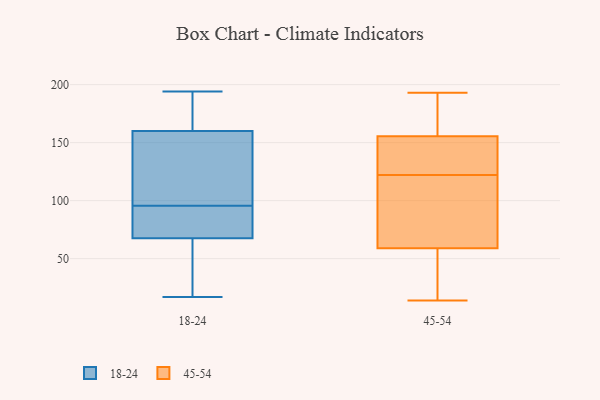
{"axis": {"x": "Latency (ms)", "y": "Value"}, "legend": ["18-24", "45-54"], "data": [{"x": "", "y": 107, "type": "18-24"}, {"x": "", "y": 194, "type": "18-24"}, {"x": "", "y": 17, "type": "18-24"}, {"x": "", "y": 95, "type": "18-24"}, {"x": "", "y": 65, "type": "18-24"}, {"x": "", "y": 64, "type": "18-24"}, {"x": "", "y": 147, "type": "18-24"}, {"x": "", "y": 112, "type": "18-24"}, {"x": "", "y": 180, "type": "18-24"}, {"x": "", "y": 174, "type": "18-24"}, {"x": "", "y": 74, "type": "18-24"}, {"x": "", "y": 68, "type": "18-24"}, {"x": "", "y": 96, "type": "18-24"}, {"x": "", "y": 67, "type": "18-24"}, {"x": "", "y": 173, "type": "18-24"}, {"x": "", "y": 77, "type": "18-24"}, {"x": "", "y": 153, "type": "45-54"}, {"x": "", "y": 157, "type": "45-54"}, {"x": "", "y": 154, "type": "45-54"}, {"x": "", "y": 122, "type": "45-54"}, {"x": "", "y": 98, "type": "45-54"}, {"x": "", "y": 193, "type": "45-54"}, {"x": "", "y": 131, "type": "45-54"}, {"x": "", "y": 99, "type": "45-54"}, {"x": "", "y": 184, "type": "45-54"}, {"x": "", "y": 32, "type": "45-54"}, {"x": "", "y": 14, "type": "45-54"}, {"x": "", "y": 178, "type": "45-54"}, {"x": "", "y": 65, "type": "45-54"}, {"x": "", "y": 122, "type": "45-54"}, {"x": "", "y": 27, "type": "45-54"}, {"x": "", "y": 53, "type": "45-54"}]}